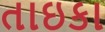
તાઇકા